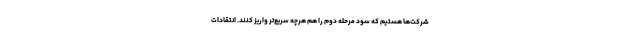
شرکت‌ها هستیم که سود مرحله دوم را هم هرچه سریع‌تر واریز کنند. انتقادات